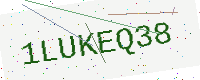
Text: 1LUKEQ38